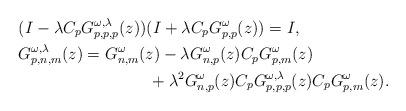
LaTeX: \begin{align*}&(I-\lambda C_pG^{\omega,\lambda}_{p,p,p}(z))(I+\lambda C_p G^\omega_{p,p}(z))=I,\\&G^{\omega,\lambda}_{p,n,m}(z)=G^\omega_{n,m}(z)-\lambda G^\omega_{n,p}(z)C_pG^\omega_{p,m}(z)\\&\qquad\qquad\qquad\qquad+\lambda^2G^\omega_{n,p}(z)C_pG^{\omega,\lambda}_{p,p,p}(z)C_pG^\omega_{p,m}(z). \end{align*}